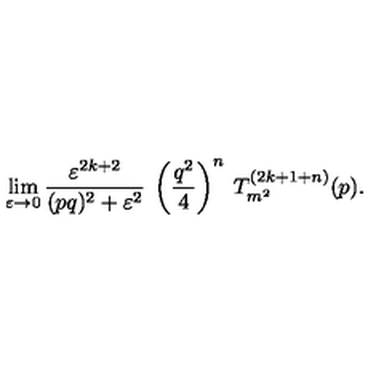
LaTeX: \lim _ { \varepsilon \rightarrow 0 } \frac { \varepsilon ^ { 2 k + 2 } } { ( p q ) ^ { 2 } + \varepsilon ^ { 2 } } \: \left( \frac { q ^ { 2 } } { 4 } \right) ^ { n } \: T _ { m ^ { 2 } } ^ { ( 2 k + 1 + n ) } ( p ) .